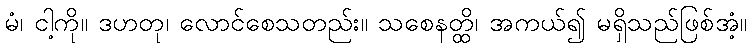
မံ၊ ငါ့ကို။ ဒဟတု၊ လောင်စေသတည်း။ သစေနတ္ထိ၊ အကယ်၍ မရှိသည်ဖြစ်အံ့။